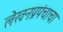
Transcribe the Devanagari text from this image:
लेखनप्रपंचाचा